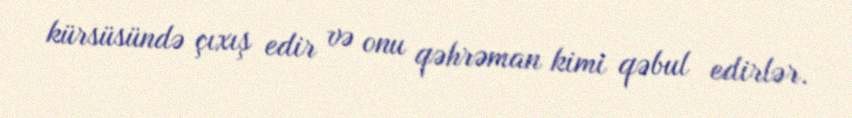
kürsüsündə çıxış edir və onu qəhrəman kimi qəbul edirlər.